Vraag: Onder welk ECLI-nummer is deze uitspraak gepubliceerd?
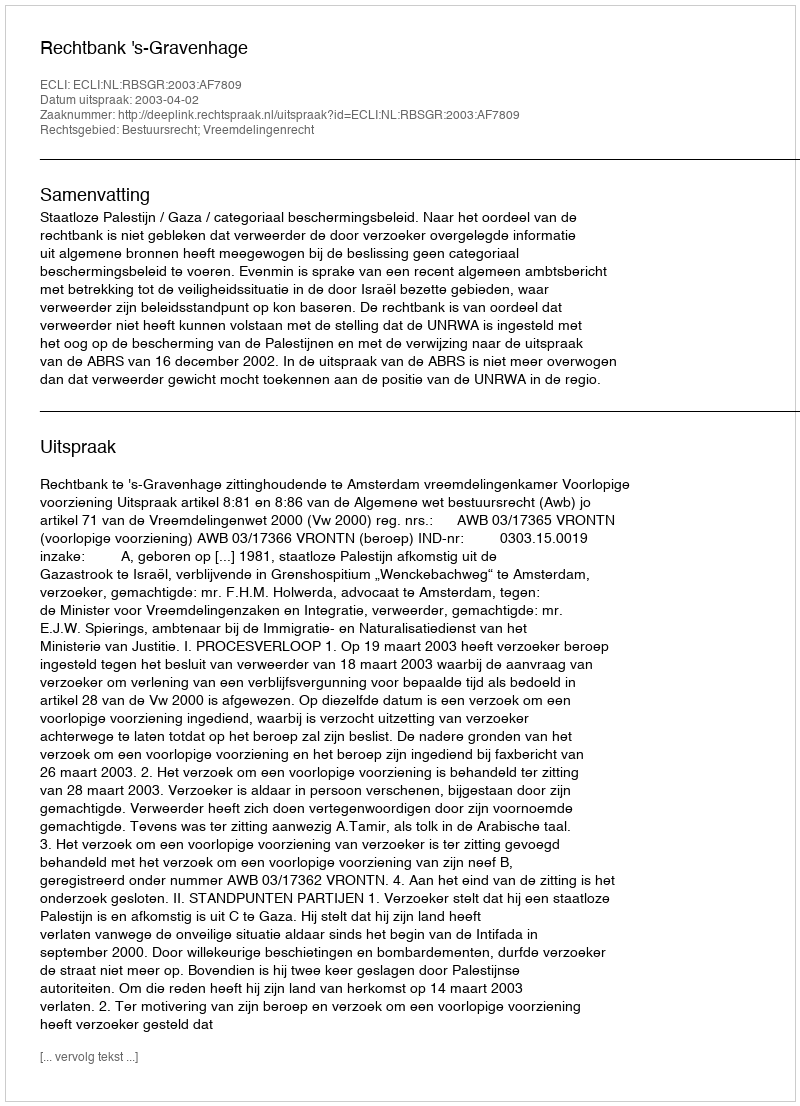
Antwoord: ECLI:NL:RBSGR:2003:AF7809